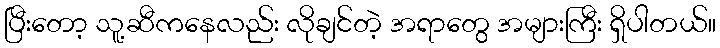
ပြီးတော့ သူ့ဆီကနေလည်း လိုချင်တဲ့ အရာတွေ အများကြီး ရှိပါတယ်။